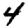
Digit: 4